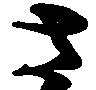
さ